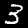
Digit: 3